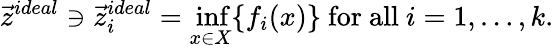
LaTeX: {\vec{z}}^{ideal}\ni{\vec{z}}_{i}^{ideal}={\underset{x\in X}{\operatorname*{inf}}}\{ f_{i}(x)\} {\mathrm{~for~all~}}i=1,\ldots,k.